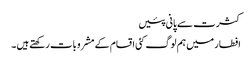
کثرت سے پانی پئیں
افطار میں ہم لوگ کئی اقسام کے مشروبات رکھتے ہیں ۔